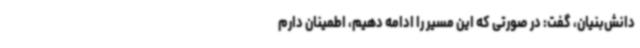
دانش‌بنیان، گفت: در صورتی که این مسیر را ادامه دهیم، اطمینان دارم